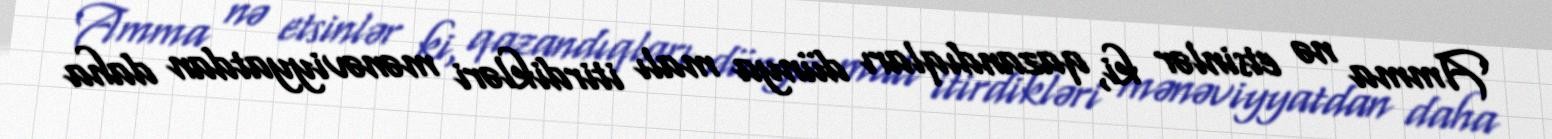
Amma nə etsinlər ki, qazandıqları dünya malı itirdikləri mənəviyyatdan daha